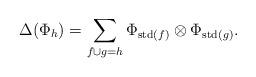
LaTeX: \begin{align*}\Delta(\Phi_h)=\sum_{f\cup g=h}\Phi_{{\rm std}(f)}\otimes \Phi_{{\rm std}(g)}.\end{align*}